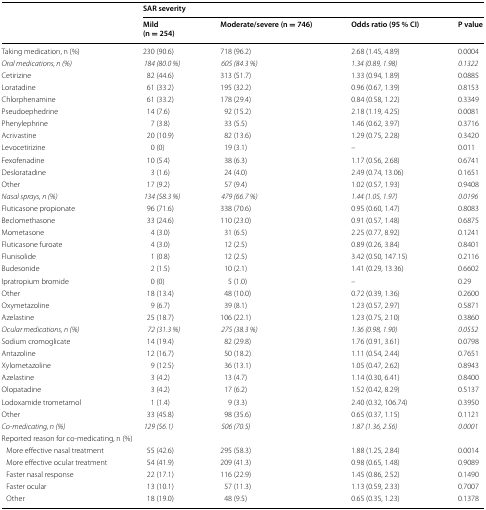
<table><thead><tr><td rowspan="2"></td><td colspan="4"><b>SAR severity</b></td></tr><tr><td><b>Mild(n = 254)</b></td><td><b>Moderate/severe (n = 746)</b></td><td><b>Odds ratio (95 % CI)</b></td><td><b>P value</b></td></tr></thead><tbody><tr><td>Taking medication, n (%)</td><td>230 (90.6)</td><td>718 (96.2)</td><td>2.68 (1.45, 4.89)</td><td>0.0004</td></tr><tr><td><i>Oral medications, n (%)</i></td><td><i>184 (80.0 %)</i></td><td><i>605 (84.3 %)</i></td><td><i>1.34 (0.89, 1.98)</i></td><td><i>0.1322</i></td></tr><tr><td>Cetirizine</td><td>82 (44.6)</td><td>313 (51.7)</td><td>1.33 (0.94, 1.89)</td><td>0.0885</td></tr><tr><td>Loratadine</td><td>61 (33.2)</td><td>195 (32.2)</td><td>0.96 (0.67, 1.39)</td><td>0.8153</td></tr><tr><td>Chlorphenamine</td><td>61 (33.2)</td><td>178 (29.4)</td><td>0.84 (0.58, 1.22)</td><td>0.3349</td></tr><tr><td>Pseudoephedrine</td><td>14 (7.6)</td><td>92 (15.2)</td><td>2.18 (1.19, 4.25)</td><td>0.0081</td></tr><tr><td>Phenylephrine</td><td>7 (3.8)</td><td>33 (5.5)</td><td>1.46 (0.62, 3.97)</td><td>0.3716</td></tr><tr><td>Acrivastine</td><td>20 (10.9)</td><td>82 (13.6)</td><td>1.29 (0.75, 2.28)</td><td>0.3420</td></tr><tr><td>Levocetirizine</td><td>0 (0)</td><td>19 (3.1)</td><td>–</td><td>0.011</td></tr><tr><td>Fexofenadine</td><td>10 (5.4)</td><td>38 (6.3)</td><td>1.17 (0.56, 2.68)</td><td>0.6741</td></tr><tr><td>Desloratadine</td><td>3 (1.6)</td><td>24 (4.0)</td><td>2.49 (0.74, 13.06)</td><td>0.1651</td></tr><tr><td>Other</td><td>17 (9.2)</td><td>57 (9.4)</td><td>1.02 (0.57, 1.93)</td><td>0.9408</td></tr><tr><td><i>Nasal sprays, n (%)</i></td><td><i>134 (58.3 %)</i></td><td><i>479 (66.7 %)</i></td><td><i>1.44 (1.05, 1.97)</i></td><td><i>0.0196</i></td></tr><tr><td>Fluticasone propionate</td><td>96 (71.6)</td><td>338 (70.6)</td><td>0.95 (0.60, 1.47)</td><td>0.8083</td></tr><tr><td>Beclomethasone</td><td>33 (24.6)</td><td>110 (23.0)</td><td>0.91 (0.57, 1.48)</td><td>0.6875</td></tr><tr><td>Mometasone</td><td>4 (3.0)</td><td>31 (6.5)</td><td>2.25 (0.77, 8.92)</td><td>0.1241</td></tr><tr><td>Fluticasone furoate</td><td>4 (3.0)</td><td>12 (2.5)</td><td>0.89 (0.26, 3.84)</td><td>0.8401</td></tr><tr><td>Flunisolide</td><td>1 (0.8)</td><td>12 (2.5)</td><td>3.42 (0.50, 147.15)</td><td>0.2116</td></tr><tr><td>Budesonide</td><td>2 (1.5)</td><td>10 (2.1)</td><td>1.41 (0.29, 13.36)</td><td>0.6602</td></tr><tr><td>Ipratropium bromide</td><td>0 (0)</td><td>5 (1.0)</td><td>–</td><td>0.29</td></tr><tr><td>Other</td><td>18 (13.4)</td><td>48 (10.0)</td><td>0.72 (0.39, 1.36)</td><td>0.2600</td></tr><tr><td>Oxymetazoline</td><td>9 (6.7)</td><td>39 (8.1)</td><td>1.23 (0.57, 2.97)</td><td>0.5871</td></tr><tr><td>Azelastine</td><td>25 (18.7)</td><td>106 (22.1)</td><td>1.23 (0.75, 2.10)</td><td>0.3860</td></tr><tr><td><i>Ocular medications, n (%)</i></td><td><i>72 (31.3 %)</i></td><td><i>275 (38.3 %)</i></td><td><i>1.36 (0.98, 1.90)</i></td><td><i>0.0552</i></td></tr><tr><td>Sodium cromoglicate</td><td>14 (19.4)</td><td>82 (29.8)</td><td>1.76 (0.91, 3.61)</td><td>0.0798</td></tr><tr><td>Antazoline</td><td>12 (16.7)</td><td>50 (18.2)</td><td>1.11 (0.54, 2.44)</td><td>0.7651</td></tr><tr><td>Xylometazoline</td><td>9 (12.5)</td><td>36 (13.1)</td><td>1.05 (0.47, 2.62)</td><td>0.8943</td></tr><tr><td>Azelastine</td><td>3 (4.2)</td><td>13 (4.7)</td><td>1.14 (0.30, 6.41)</td><td>0.8400</td></tr><tr><td>Olopatadine</td><td>3 (4.2)</td><td>17 (6.2)</td><td>1.52 (0.42, 8.29)</td><td>0.5137</td></tr><tr><td>Lodoxamide trometamol</td><td>1 (1.4)</td><td>9 (3.3)</td><td>2.40 (0.32, 106.74)</td><td>0.3950</td></tr><tr><td>Other</td><td>33 (45.8)</td><td>98 (35.6)</td><td>0.65 (0.37, 1.15)</td><td>0.1121</td></tr><tr><td><i>Co-medicating, n (%)</i></td><td><i>129 (56.1)</i></td><td><i>506 (70.5)</i></td><td><i>1.87 (1.36, 2.56)</i></td><td><i>0.0001</i></td></tr><tr><td colspan="5">Reported reason for co-medicating, n (%)</td></tr><tr><td> More effective nasal treatment</td><td>55 (42.6)</td><td>295 (58.3)</td><td>1.88 (1.25, 2.84)</td><td>0.0014</td></tr><tr><td> More effective ocular treatment</td><td>54 (41.9)</td><td>209 (41.3)</td><td>0.98 (0.65, 1.48)</td><td>0.9089</td></tr><tr><td> Faster nasal response</td><td>22 (17.1)</td><td>116 (22.9)</td><td>1.45 (0.86, 2.52)</td><td>0.1490</td></tr><tr><td> Faster ocular</td><td>13 (10.1)</td><td>57 (11.3)</td><td>1.13 (0.59, 2.33)</td><td>0.7007</td></tr><tr><td> Other</td><td>18 (19.0)</td><td>48 (9.5)</td><td>0.65 (0.35, 1.23)</td><td>0.1378</td></tr></tbody></table>